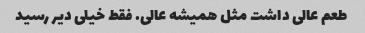
طعم عالی داشت مثل همیشه عالی. فقط خیلی دیر رسید